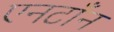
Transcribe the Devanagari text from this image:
एनटाँन